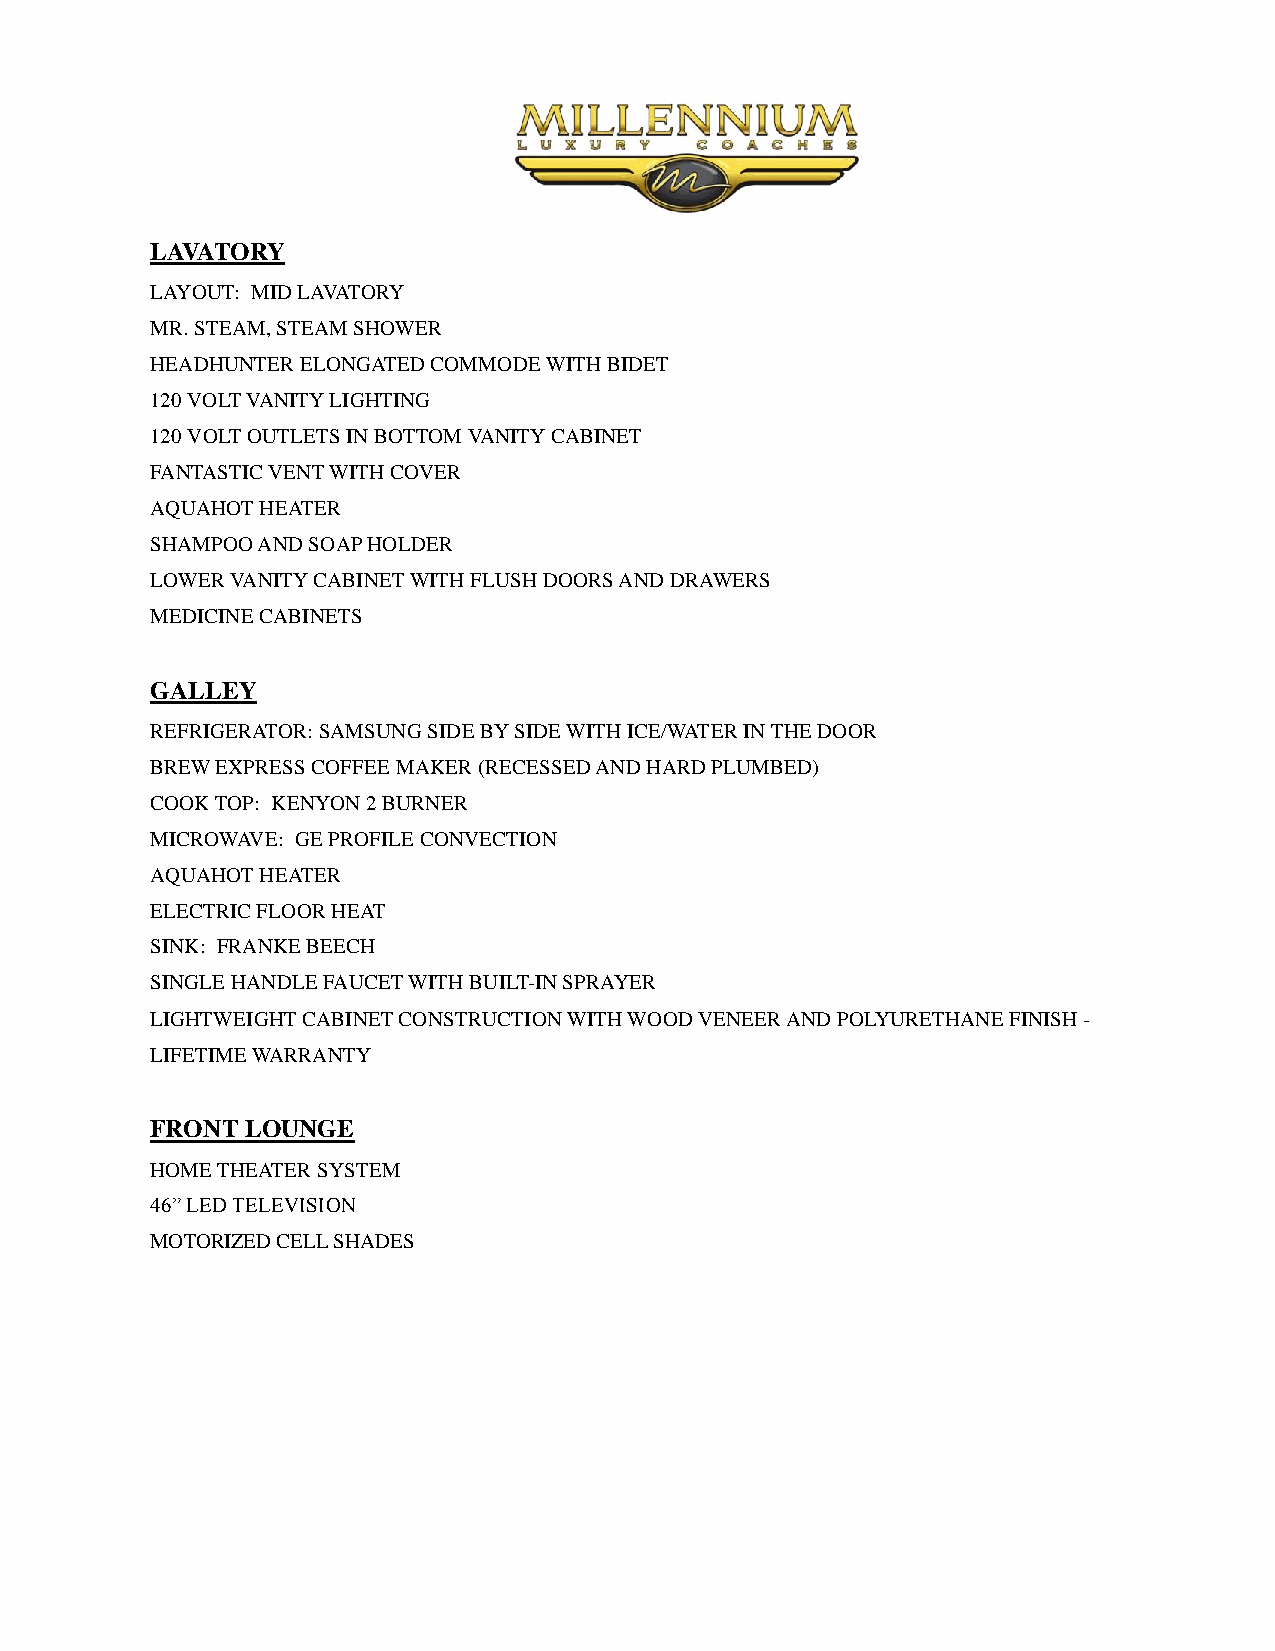
LAVATORY
 LAYOUT: MID LAVATORY
 MR. STEAM, STEAM SHOWER
 HEADHUNTER ELONGATED COMMODE WITH BIDET
 120 VOLT VANITY LIGHTING
 120 VOLT OUTLETS IN BOTTOM VANITY CABINET
 FANTASTIC VENT WITH COVER
 AQUAHOT HEATER
 SHAMPOO AND SOAP HOLDER
 LOWER VANITY CABINET WITH FLUSH DOORS AND DRAWERS
 MEDICINE CABINETS
 GALLEY
 REFRIGERATOR: SAMSUNG SIDE BY SIDE WITH ICE/WATER IN THE DOOR
 BREW EXPRESS COFFEE MAKER (RECESSED AND HARD PLUMBED)
 COOK TOP: KENYON 2 BURNER
 MICROWAVE: GE PROFILE CONVECTION
 AQUAHOT HEATER
 ELECTRIC FLOOR HEAT
 SINK: FRANKE BEECH
 SINGLE HANDLE FAUCET WITH BUILT-IN SPRAYER
 LIGHTWEIGHT CABINET CONSTRUCTION WITH WOOD VENEER AND POLYURETHANE FINISH -
 LIFETIME WARRANTY
 FRONT LOUNGE
 HOME THEATER SYSTEM
 46” LED TELEVISION
 MOTORIZED CELL SHADES